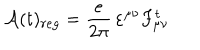
{ \mathcal A } ( t ) _ { r e g } = \frac { e } { 2 \pi } \, \varepsilon ^ { \mu \nu } F _ { \mu \nu } ^ { t }